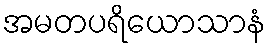
အမတပရိယောသာနံ